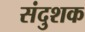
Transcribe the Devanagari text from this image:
संदुशक